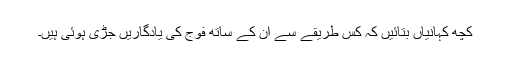
کچھ کہانیاں بتائیں کہ کس طریقے سے ان کے ساتھ فوج کی یادگاریں جڑی ہوئی ہیں۔